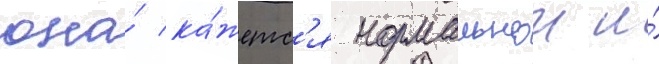
она́ ка́жетс'я нормальнои и́